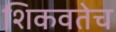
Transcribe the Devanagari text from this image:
शिकवतेच